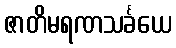
ဇာတိမရဏသင်္ခယေ